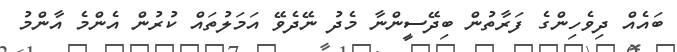
ބައެއް ދިވެހިންގެ ފަރާތުން ބިދޭސީންނާ މެދު ނޭދެވޭ އަމަލުތައް ކުރުން އެންމެ އާންމު